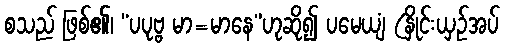
စသည် ဖြစ်၏၊ “ပပုဗ္ဗ မာ=မာနေ”ဟုဆို၍ ပမေယျံ (နှိုင်းယှဉ်အပ်